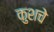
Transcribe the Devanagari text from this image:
कुशचे